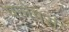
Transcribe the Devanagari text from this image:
फ्लेपर्स